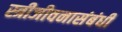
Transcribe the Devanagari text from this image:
स्त्रीजीवनासंबंधी